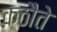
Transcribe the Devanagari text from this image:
कठौते